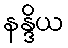
နန္ဒိယ